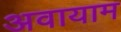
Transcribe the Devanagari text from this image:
अवायाम